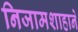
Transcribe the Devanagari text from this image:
निजामशाहाने